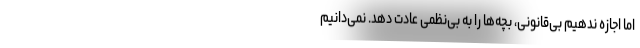
اما اجازه ندهیم بی‌قانونی، بچه‌ها را به بی‌نظمی عادت دهد. نمی‌دانیم